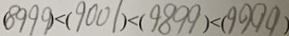
( 8 9 9 9 ) < ( 9 0 0 1 ) < ( 9 8 9 9 ) < ( 9 9 9 9 )